Sketch of the medical history of the native army of Bombay, for the year
Year: 1872
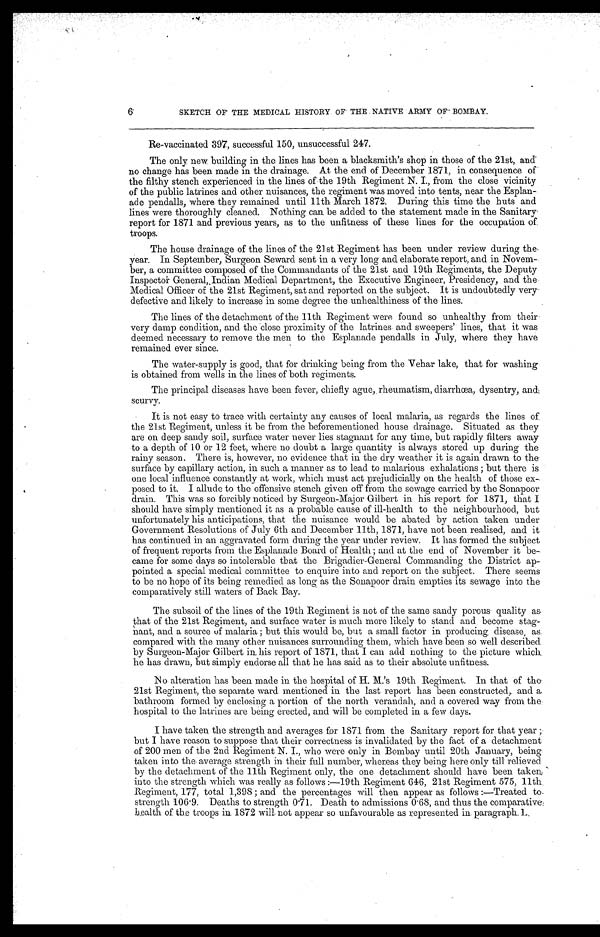
6 SKETCH OF THE MEDICAL HISTORY OF THE NATIVE ARMY OF BOMBAY.
Re-vaccinated 397, successful 150, unsuccessful 247.
The only new building in the lines has been a blacksmith's shop in those of the 21st, and
no change has been made in the drainage. At the end of December 1871, in consequence of
the filthy stench experienced in the lines of the 19th Regiment N. I., from the close vicinity
of the public latrines and other nuisances, the regiment was moved into tents, near the Esplan--
ade pendalls, where they remained until 11th March 1872. During this time the huts and
lines were thoroughly cleaned. Nothing can be added to the statement made in the Sanitary
report for 1871 and previous years, as to the unfitness of these lines for the occupation of
troops.
The house drainage of the lines of the 21st Regiment has been under review during the
year. In September, Surgeon Seward sent in a very long and elaborate report, and in Novem-
ber, a committee composed of the Commandants of the 21st and 19th Regiments, the Deputy
Inspector General, Indian Medical Department, the Executive Engineer, Presidency, and the
Medical Officer of the 21st Regiment, sat and reported on the subject. It is undoubtedly very
defective and likely to increase in some degree the unhealthiness of the lines.
The lines of the detachment of the 11th Regiment were found so unhealthy from their
very damp condition, and the close proximity of the latrines and sweepers' lines, that it was
deemed necessary to remove the men to the Esplanade pendalls in July, where they have
remained ever since.
The water-supply is good, that for drinking being from the Vehar lake, that for washing
is obtained from wells in the lines of both regiments.
The principal diseases have been fever, chiefly ague, rheumatism, diarrhœa, dysentry, and
scurvy.
It is not easy to trace with certainty any causes of local malaria, as regards the lines of
the 21st Regiment, unless it be from the beforementioned house drainage. Situated as they
are on deep sandy soil, surface water never lies stagnant for any time, but rapidly filters away
to a depth of 10 or 12 feet, where no doubt a large quantity is always stored up during the
rainy season. There is, however, no evidence that in the dry weather it is again drawn to the
surface by capillary action, in such a manner as to lead to malarious exhalations; there is
one local influence constantly at work, which must act prejudicially on the health of those ex
posed to it. I allude to the offensive stench given off from the sewage carried by the Sonapoor
drain. This was so forcibly noticed by Surgeon-Major Gilbert in his report for 1871, that I
should have simply mentioned it as a probable cause of ill-health to the neighbourhood, but
unfortunately his anticipations, that the nuisance would be abated by action taken under
Government Resolutions of July 6th and December 11th, 1871, have not been realised, and it
has continued in an aggravated form during the year under review. It has formed the subject
of frequent reports from the Esplanade Board of Health ; and at the end of November it be-
came for some days so intolerable that the Brigadier-General Commanding the District ap-
pointed a special medical committee to enquire into and report on the subject. There seems
to be no hope of its being remedied as long as the Sonapoor drain empties its sewage into the
comparatively still waters of Back Bay.
The subsoil of the lines of the 19th Regiment is not of the same sandy porous quality as
t h at of the 21st Regiment, and surface water is much more likely to stand and become stag-
- n a n t , a n d a s o u r c e o f m a l a r i a ; b u t t h i s w o u l d b e , b u t a s m a l l f a c t o r i n p r o d u c i n g d i s e a s e , a s
compared with the many other nuisances surrounding them, which have been so well described
by Surgeon-Major Gilbert in his report of 1871, that I can add nothing to the picture which
he has drawn, but simply endorse all that he has said as to their absolute unfitness.
N o a l t e r a t i o n h a s b e e n m a d e i n t h e h o s p i t a l o f H . M . ' s 1 9 t h
Regiment. In that of the
21st Regiment, the separate ward mentioned in the last report has been constructed, and a
bathroom formed by enclosing a portion of the north verandah, and a covered way from the
hospital to the latrines are being erected, and will be completed in a few days.
I have taken the strength and averages for 1871 from the Sanitary report for that year ;
but I have reason to suppose that their correctness is invalidated by the fact of a detachment
of 200 men of the 2nd Regiment N. I., who were only in Bombay until 20th January, being
taken into the average strength in their full number, whereas they being here only till relieved
by the detachment of the 11th Regiment only, the one detachment should have been taken
into the strength which was really as follows :—19th Regiment 646, 21st Regiment 575, 11th
Regiment, 177, total 1,398 ; and the percentages will then appear as follows :—Treated to
strength 106.9. Deaths to strength 0.71. Death to admissions 0.68, and thus the comparative
health of the troops in 1872 will not appear so unfavourable as represented in paragraph I.